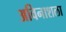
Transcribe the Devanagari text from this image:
अविनाशला